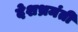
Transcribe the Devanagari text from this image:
देशभ्रमंती